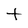
Character: t